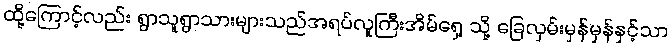
ထို့ကြောင့်လည်း ရွာသူရွာသားများသည်အရပ်လူကြီးအိမ်ရှေ့ သို့ ခြေလှမ်းမှန်မှန်နှင့်သာ